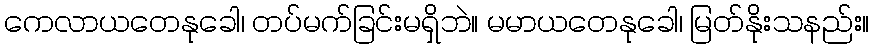
ကေလာယတေနုခေါ၊ တပ်မက်ခြင်းမရှိဘဲ။ မမာယတေနုခေါ၊ မြတ်နိုးသနည်း။